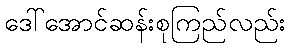
ဒေါ်အောင်ဆန်းစုကြည်လည်း